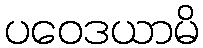
ပဝေဒယာမိ